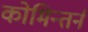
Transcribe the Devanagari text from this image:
कोमिन्तर्न